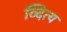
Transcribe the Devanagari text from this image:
व्दित्य